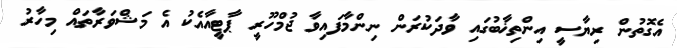
އެގޮތުން ރިޔާސީ އިންތިޚާބުގައި ވާދަކުރަން ނިންމާފައިވާ ޖުމްހޫރީ ޕާޓީއާއެކު އެ މަޝްވަރާތައް މިހާރު